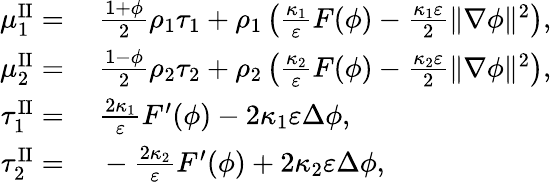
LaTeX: \begin{array}{rl}{\mu_{1}^{\mathrm{II}}=}&{~\frac{1+\phi}{2}\rho_{1}\tau_{1}+\rho_{1}\left(\frac{\kappa_{1}}{\varepsilon}F(\phi)-\frac{\kappa_{1}\varepsilon}{2}\| \nabla\phi\| ^{2}\right),}\\ {\mu_{2}^{\mathrm{II}}=}&{~\frac{1-\phi}{2}\rho_{2}\tau_{2}+\rho_{2}\left(\frac{\kappa_{2}}{\varepsilon}F(\phi)-\frac{\kappa_{2}\varepsilon}{2}\| \nabla\phi\| ^{2}\right),}\\ {\tau_{1}^{\mathrm{II}}=}&{~\frac{2\kappa_{1}}{\varepsilon}F^{\prime}(\phi)-2\kappa_{1}\varepsilon\Delta\phi,}\\ {\tau_{2}^{\mathrm{II}}=}&{~-\frac{2\kappa_{2}}{\varepsilon}F^{\prime}(\phi)+2\kappa_{2}\varepsilon\Delta\phi,}\end{array}